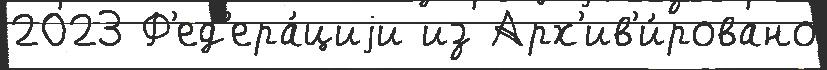
2023 Ф'ед'ера́циjи из Арх'ив'и́ровано